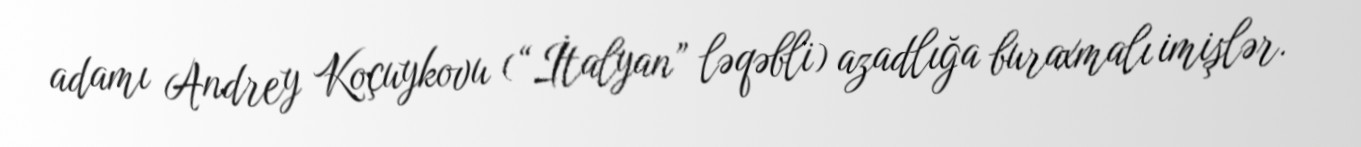
adamı Andrey Koçuykovu (“İtalyan” ləqəbli) azadlığa buraxmalı imişlər.